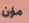
مؤن